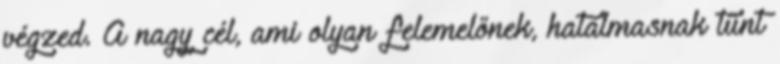
végzed. A nagy cél, ami olyan felemelőnek, hatalmasnak tűnt